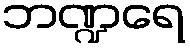
ဘဏ္ဍရေ